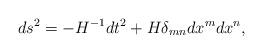
LaTeX: \begin{align*}ds^2=- H ^{-1}dt^2 + H \delta_{mn}dx^m dx^n,\end{align*}